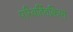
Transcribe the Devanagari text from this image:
परिवर्तितकिया